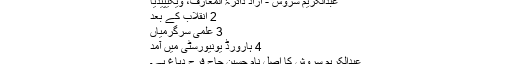
عبدالکریم سروش - آزاد دائرۃ المعارف، ویکیپیڈیا
2 انقلاب کے بعد
3 علمی سرگرمیاں
4 ہارورڈ یونیورسٹی میں آمد
عبدالکریم سروش کا اصل نام حسین حاج فرج دباغ ہے۔